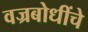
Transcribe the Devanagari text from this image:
वज्रबोधींचे